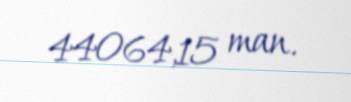
44064,15 man.